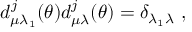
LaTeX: d _ { \mu \lambda _ { 1 } } ^ { j } ( \theta ) d _ { \mu \lambda } ^ { j } ( \theta ) = \delta _ { \lambda _ { 1 } \lambda } \ ,